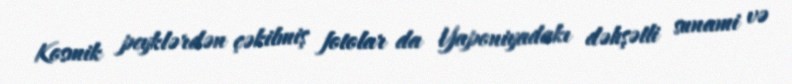
Kosmik peyklərdən çəkilmiş fotolar da Yaponiyadakı dəhşətli sunami və